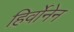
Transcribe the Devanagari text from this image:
हिर्वोनेन